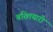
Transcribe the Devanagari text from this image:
बख्तियारी